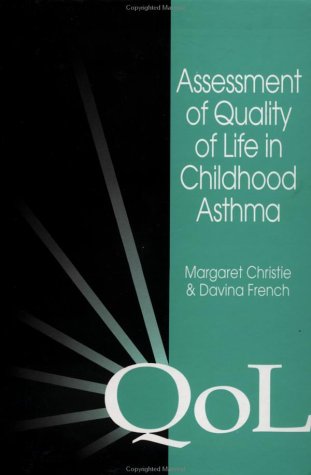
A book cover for Assessment of Quality of Life in Childhood Asthma; M. Christie; Health, Fitness & Dieting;